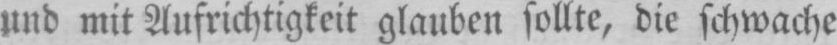
und mit Aufrichtigkeit glauben sollte, die schwache